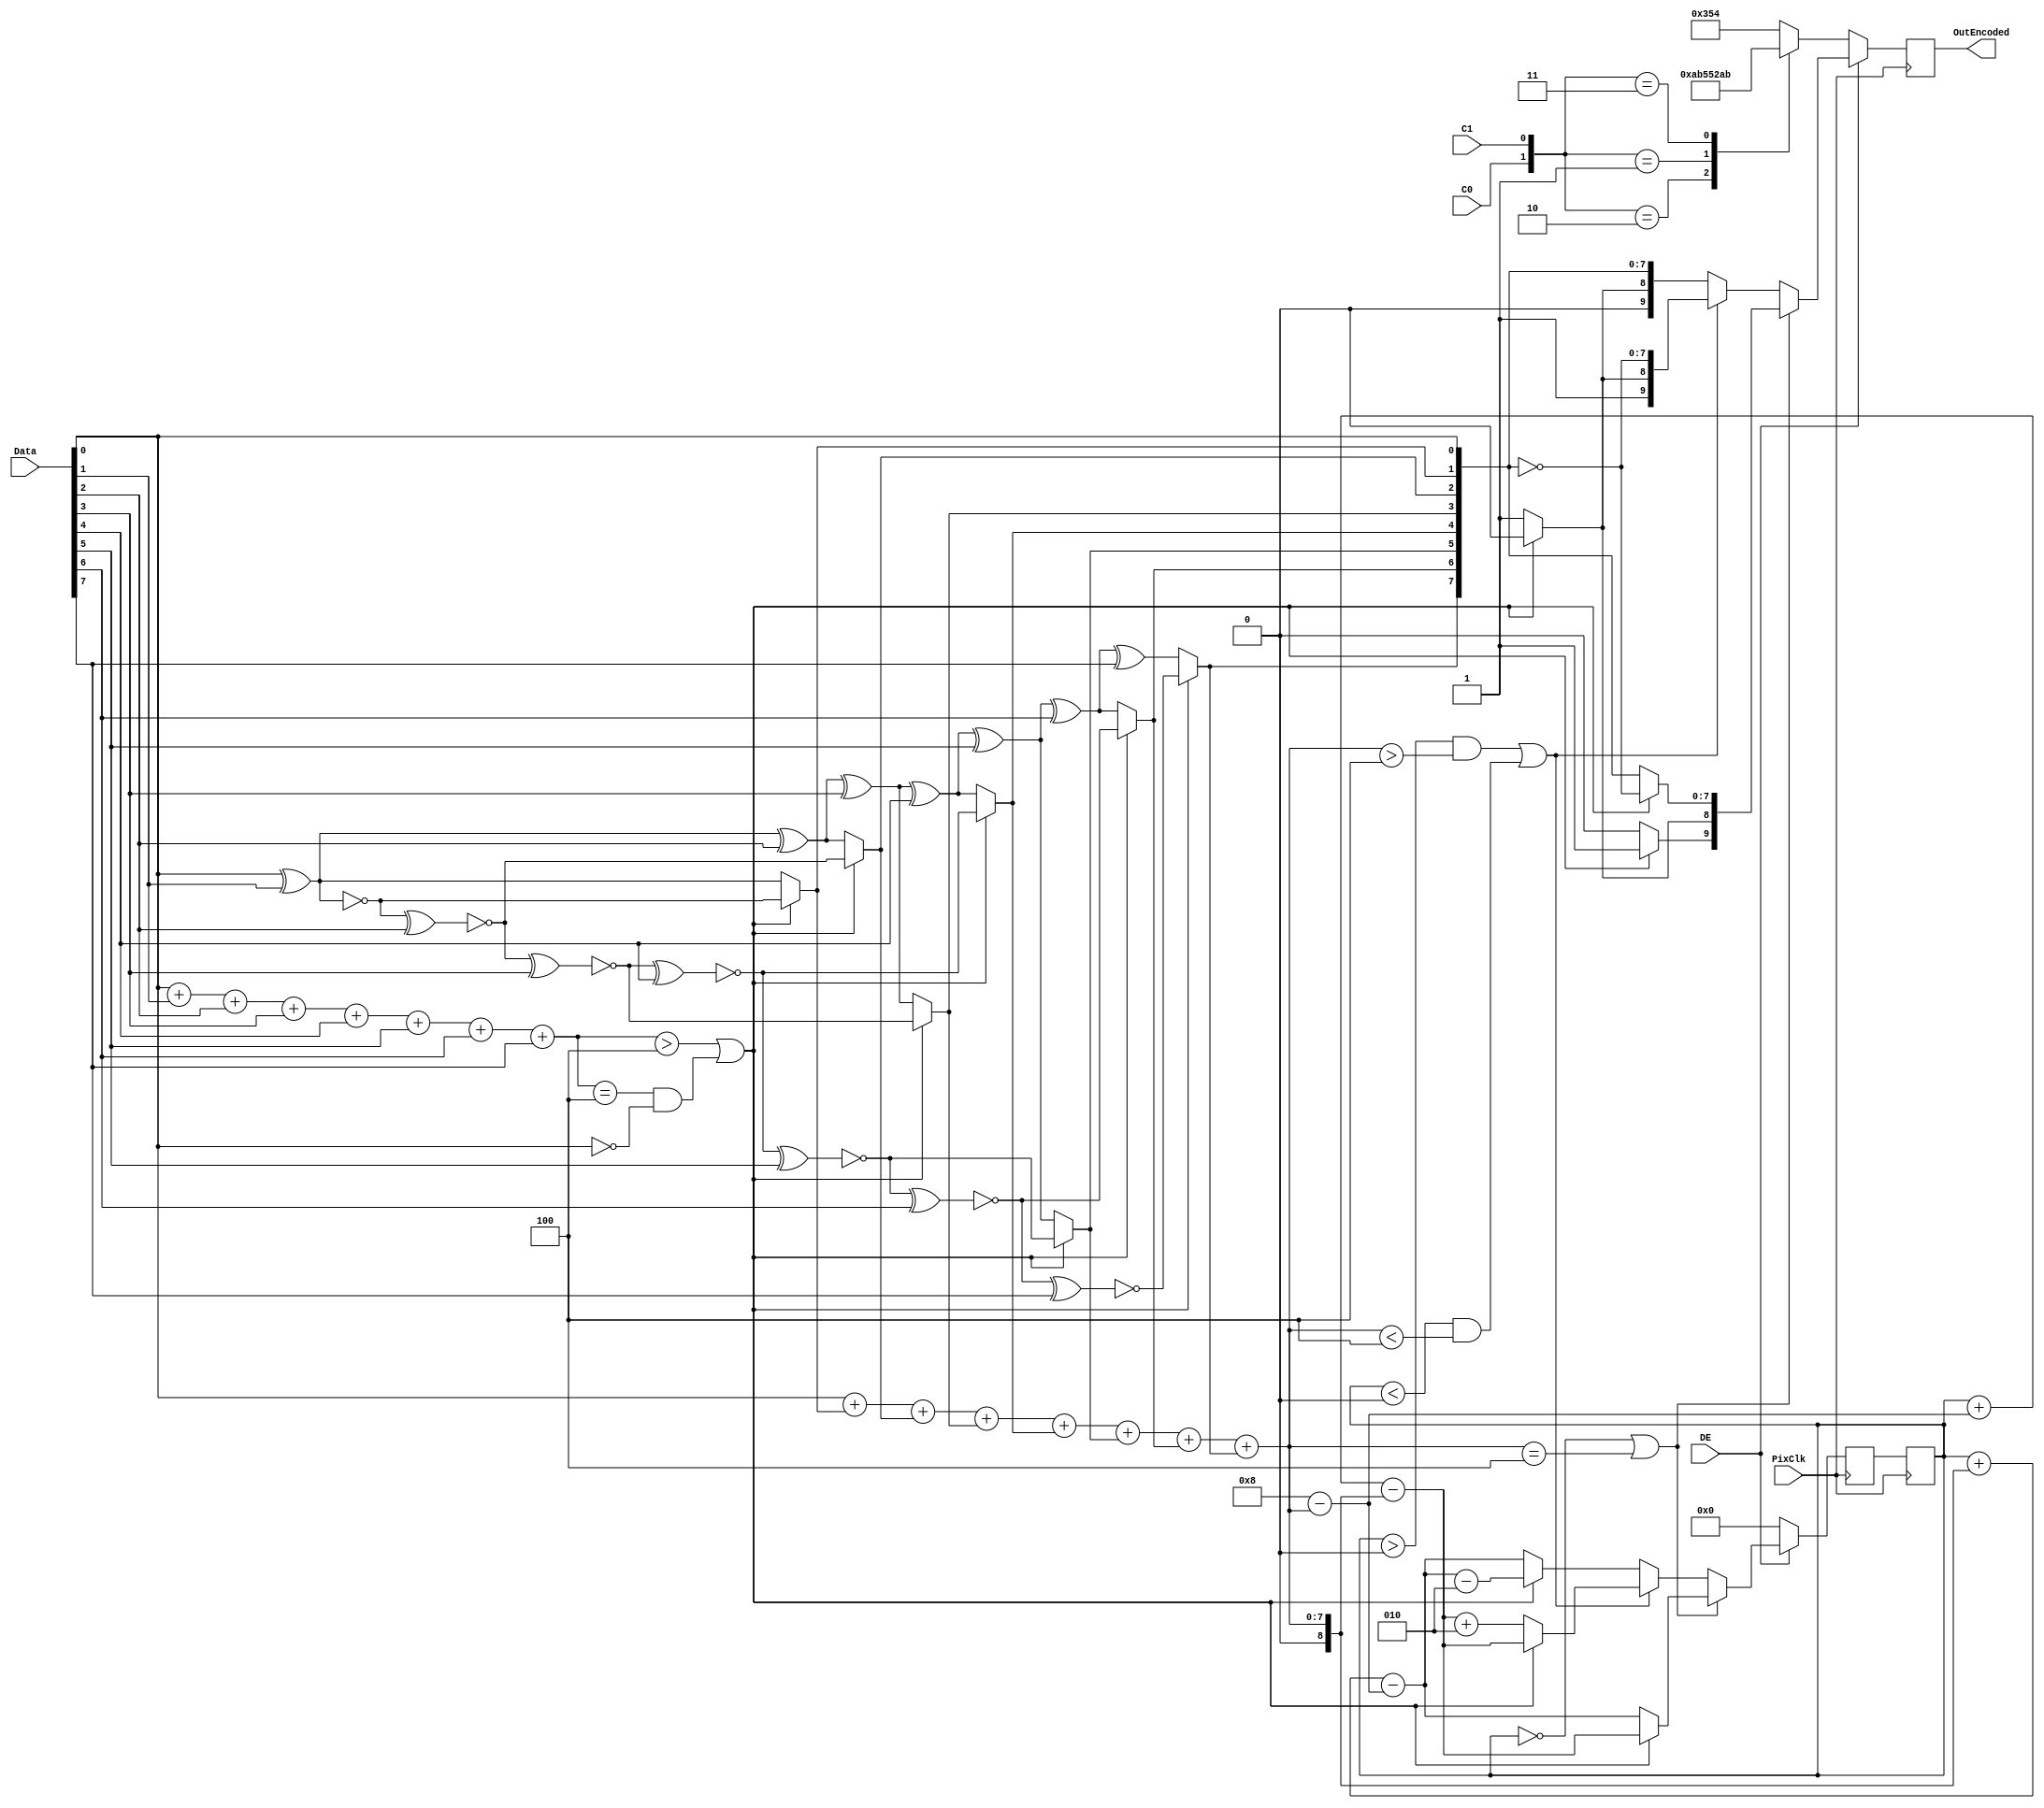
module Component_encoder
( input [7:0] Data,
  input C0,
  input C1,
  input DE,
  input PixClk,
  output [9:0] OutEncoded
);

  integer Cnt;
  integer NewCnt;
  reg [8:0] q_m;
  integer N1_Data;
  integer N1_qm;
  integer N0_qm;
  reg [9:0] Encoded;

  initial
    begin
      Cnt = 0;
      NewCnt = 0;
    end

  assign OutEncoded = Encoded;
  
  always @(posedge PixClk)
    begin
      N1_Data = Data[0] + Data[1] + Data[2] + Data[3] + Data[4] + Data[5] + Data[6] + Data[7];
      if ((N1_Data > 4) || ((N1_Data == 4) && (Data[0] == 0)))
        begin
          q_m[0] = Data[0];
          q_m[1] = ~(q_m[0] ^ Data[1]);
          q_m[2] = ~(q_m[1] ^ Data[2]);
          q_m[3] = ~(q_m[2] ^ Data[3]);
          q_m[4] = ~(q_m[3] ^ Data[4]);
          q_m[5] = ~(q_m[4] ^ Data[5]);
          q_m[6] = ~(q_m[5] ^ Data[6]);
          q_m[7] = ~(q_m[6] ^ Data[7]);
          q_m[8] = 0;
        end
      else
        begin
          q_m[0] = Data[0];
          q_m[1] = q_m[0] ^ Data[1];
          q_m[2] = q_m[1] ^ Data[2];
          q_m[3] = q_m[2] ^ Data[3];
          q_m[4] = q_m[3] ^ Data[4];
          q_m[5] = q_m[4] ^ Data[5];
          q_m[6] = q_m[5] ^ Data[6];
          q_m[7] = q_m[6] ^ Data[7];
          q_m[8] = 1;
        end
      N1_qm = q_m[0] + q_m[1] + q_m[2] + q_m[3] + q_m[4] + q_m[5] + q_m[6] + q_m[7]; 
      N0_qm = 8 - N1_qm;
      if (DE == 1)
        begin
          if ((Cnt == 0) || (N1_qm == 4))
            begin
              if (q_m[8] == 0)
                begin
                  Encoded[9] = 1;
                  Encoded[8] = 0;
                  Encoded[7:0] = ~q_m[7:0];
                  NewCnt = Cnt + N0_qm - N1_qm;
                end
              else
                begin
                  Encoded[9] = 0;
                  Encoded[8] = 1;
                  Encoded[7:0] = q_m[7:0];
                  NewCnt = Cnt + N1_qm - N0_qm;
                end
            end
          else
            begin
              if (((Cnt > 0) && (N1_qm > 4)) || ((Cnt < 0) && (N1_qm < 4)))
                begin
                  if (q_m[8] == 0)
                    begin
                      Encoded[9] = 1;
                      Encoded[8] = 0;
                      Encoded[7:0] = ~q_m[7:0];
                      NewCnt = Cnt + N0_qm - N1_qm;
                    end
                  else
                    begin
                      Encoded[9] = 1;
                      Encoded[8] = 1;
                      Encoded[7:0] = ~q_m[7:0];
                      NewCnt = Cnt + N0_qm - N1_qm + 2;
                    end
                end
              else
                begin
                  if (q_m[8] == 0)
                    begin
                      Encoded[9] = 0;
                      Encoded[8] = 0;
                      Encoded[7:0] = q_m[7:0];
                      NewCnt = Cnt + N1_qm - N0_qm - 2;
                    end
                  else
                    begin
                      Encoded[9] = 0;
                      Encoded[8] = 1;
                      Encoded[7:0] = q_m[7:0];
                      NewCnt = Cnt + N1_qm - N0_qm;
                    end
                end                                           
            end
        end
      else
        begin
          NewCnt = 0;
          case({C0,C1})
            2'b10:   Encoded = 10'b0010101011;
            2'b01:   Encoded = 10'b0101010100;
            2'b11:   Encoded = 10'b1010101011;
            default: Encoded = 10'b1101010100;
          endcase        
        end                    
    end
  
  always @(negedge PixClk)
    begin
      Cnt = NewCnt;
    end  

endmodule